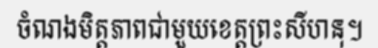
ចំណងមិត្តភាពជាមួយខេត្តព្រះសីហនុ។